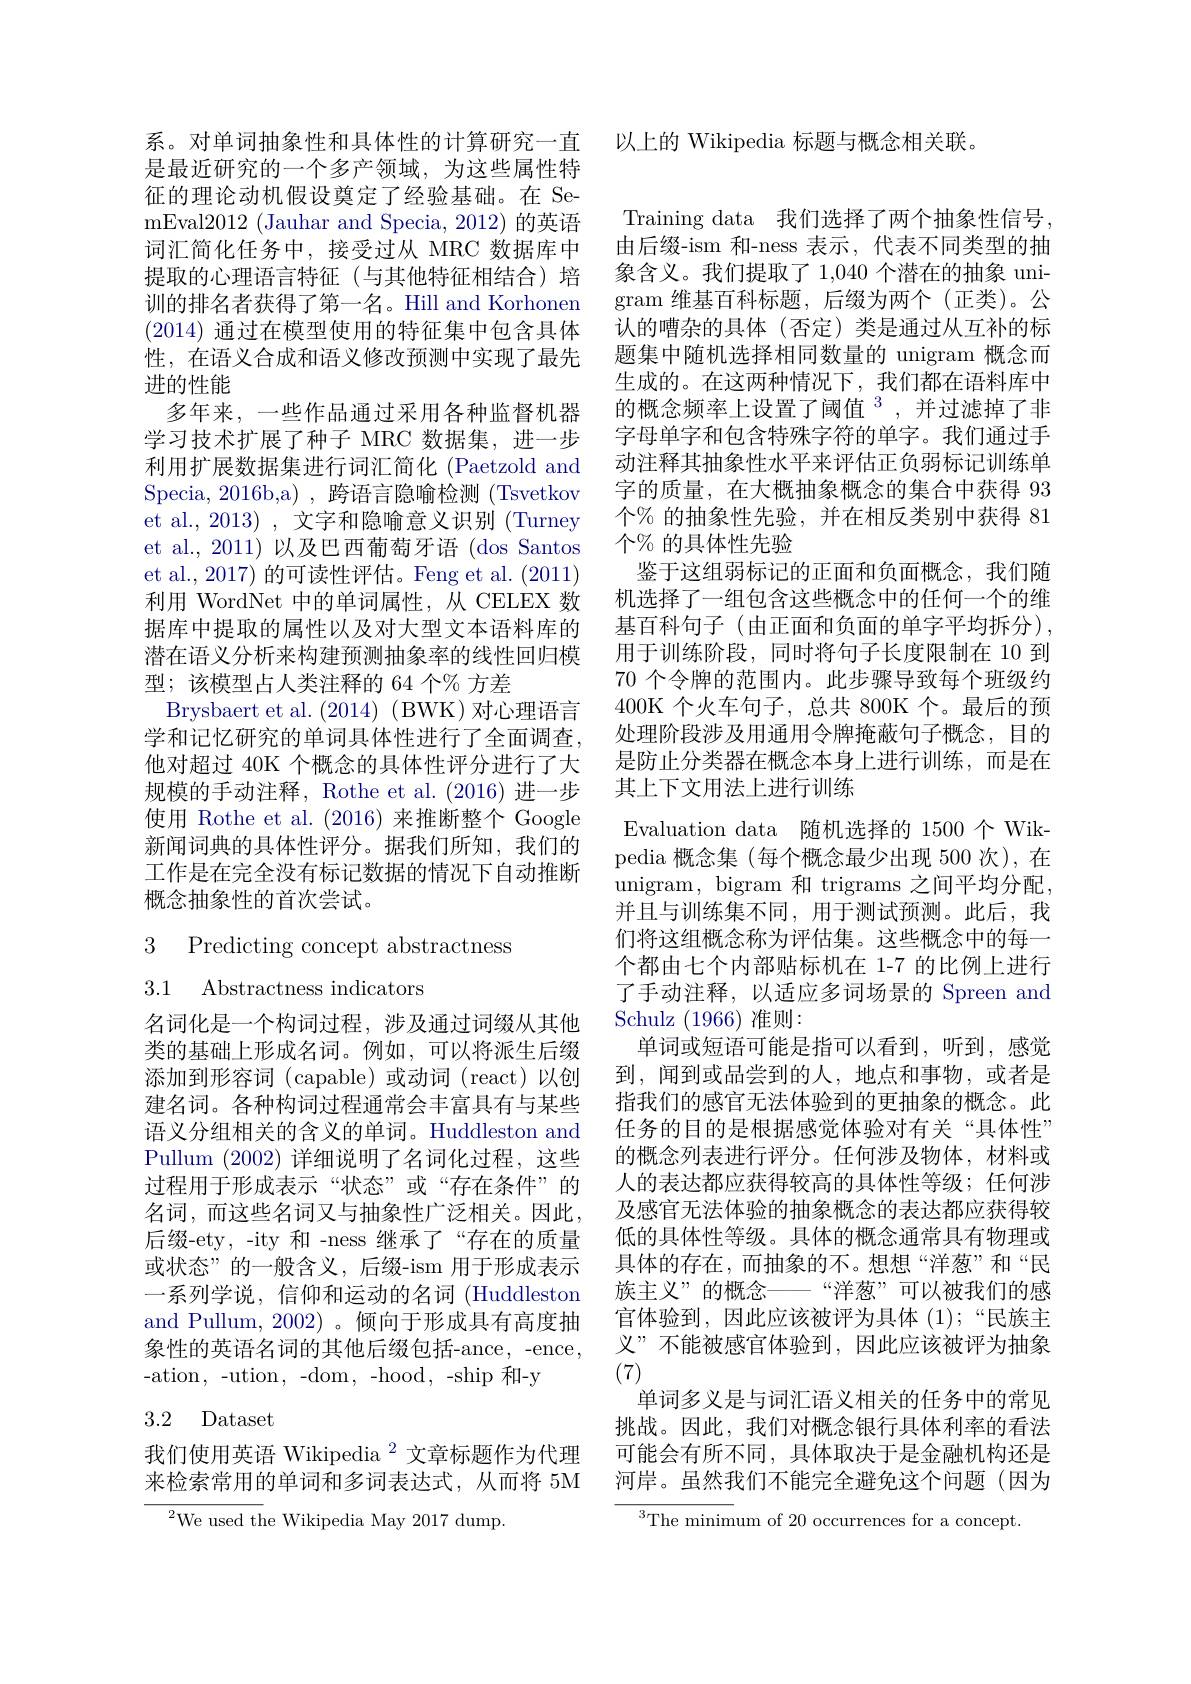
是最近研究的一个多产领域，为这些属性特征的理论动机假设奠定了经验基础。在 SemEval2012 (Jauhar and Specia, 2012) 的英语词汇简化任务中，接受过从 MRC 数据库中提取的心理语言特征(与其他特征相结合)培训的排名者获得了第一名。Hill and Korhonen (2014) 通过在模型使用的特征集中包含具体性，在语义合成和语义修改预测中实现了最先进的性能
多年来，一些作品通过采用各种监督机器学习技术扩展了种子 MRC 数据集，进一步利用扩展数据集进行词汇简化 (Paetzold and Specia, 2016b,a) , 跨语言隐喻检测 (Tsvetkov et al., 2013) , 文字和隐喻意义识别 (Turney et al., 2011) 以及巴西葡萄牙语 (dos Santos et al., 2017) 的可读性评估。Feng et al. (2011) 利用 WordNet 中的单词属性，从 CELEX 数据库中提取的属性以及对大型文本语料库的潜在语义分析来构建预测抽象率的线性回归模型；该模型占人类注释的 64 个% 方差
Brysbaert et al. (2014) (BWK) 对心理语言学和记忆研究的单词具体性进行了全面调查， 他对超过 40K 个概念的具体性评分进行了大规模的手动注释，Rothe et al.(2016)进一步使用 Rothe et al.(2016)来推断整个 Google 新闻词典的具体性评分。据我们所知，我们的工作是在完全没有标记数据的情况下自动推断概念抽象性的首次尝试。

3 Predicting concept abstractness
3.1 Abstractness indicators

名词化是一个构词过程，涉及通过词缀从其他类的基础上形成名词。例如，可以将派生后缀添加到形容词 (capable)或动词 (react)以创建名词。各种构词过程通常会丰富具有与某些语义分组相关的含义的单词。Huddleston and Pullum (2002)详细说明了名词化过程，这些过程用于形成表示“状态”或“存在条件”的名词，而这些名词又与抽象性广泛相关。因此， 后缀-ety,-ity 和 -ness 继承了“存在的质量或状态”的一般含义，后缀-ism 用于形成表示一系列学说，信仰和运动的名词 (Huddleston and Pullum, 2002)。倾向于形成具有高度抽象性的英语名词的其他后缀包括-ance,-ence, - ation, - ution, - dom, - hood, - ship 和 - y

## 3.2 Dataset

我们使用英语 Wikipedia $^{2}$文章标题作为代理来检索常用的单词和多词表达式，从而将 5M

${}^{2}$We used the Wikipedia May 2017 dump.

系。对单词抽象性和具体性的计算研究一直 以上的 Wikipedia 标题与概念相关联。

Training data 我们选择了两个抽象性信号， 由后缀-ism 和-ness 表示，代表不同类型的抽象含义。我们提取了 1,040 个潜在的抽象 unigram 维基百科标题，后缀为两个(正类)。公认的嘈杂的具体(否定)类是通过从互补的标题集中随机选择相同数量的 unigram 概念而生成的。在这两种情况下，我们都在语料库中的概念频率上设置了阈值$^3$,并过滤掉了非字母单字和包含特殊字符的单字。我们通过手动注释其抽象性水平来评估正负弱标记训练单字的质量，在大概抽象概念的集合中获得 93个% 的抽象性先验，并在相反类别中获得 81个% 的具体性先验
鉴于这组弱标记的正面和负面概念，我们随机选择了一组包含这些概念中的任何一个的维基百科句子(由正面和负面的单字平均拆分), 用于训练阶段，同时将句子长度限制在 10 到70 个令牌的范围内。此步骤导致每个班级约400K 个火车句子，总共 800K 个。最后的预处理阶段涉及用通用令牌掩蔽句子概念，目的是防止分类器在概念本身上进行训练，而是在其上下文用法上进行训练
Evaluation data 随机选择的 1500个 Wikpedia 概念集(每个概念最少出现 500 次),在unigram, bigram 和 trigrams 之间平均分配， 并且与训练集不同，用于测试预测。此后，我们将这组概念称为评估集。这些概念中的每一个都由七个内部贴标机在 1-7 的比例上进行了手动注释，以适应多词场景的 Spreen and Schulz (1966)准则：
单词或短语可能是指可以看到，听到，感觉到，闻到或品尝到的人，地点和事物，或者是指我们的感官无法体验到的更抽象的概念。此任务的目的是根据感觉体验对有关“具体性” 的概念列表进行评分。任何涉及物体，材料或人的表达都应获得较高的具体性等级；任何涉及感官无法体验的抽象概念的表达都应获得较低的具体性等级。具体的概念通常具有物理或具体的存在，而抽象的不。想想“洋葱”和“民族主义”的概念——“洋葱”可以被我们的感官体验到，因此应该被评为具体(1);“民族主义”不能被感官体验到，因此应该被评为抽象(7)
单词多义是与词汇语义相关的任务中的常见挑战。因此，我们对概念银行具体利率的看法可能会有所不同，具体取决于是金融机构还是河岸。虽然我们不能完全避免这个问题(因为
${\overline{{^3}\text{The minim}}}$um of 20 occurrences for a concept.